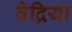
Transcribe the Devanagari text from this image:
वेद्रिया